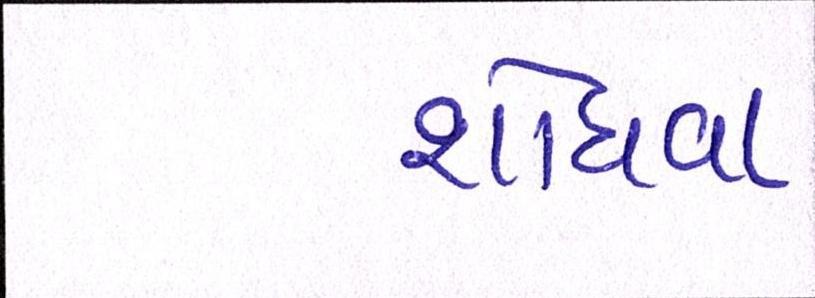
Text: શોધવા